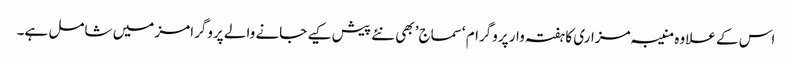
اس کے علاوہ منیبہ مزاری کا ہفتہ وار پروگرام ‘سماج’ بھی نئے پیش کیے جانے والے پروگرامز میں شامل ہے۔